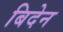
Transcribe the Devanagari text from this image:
बिदेन